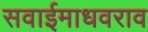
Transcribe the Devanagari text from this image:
सवाईमाधवराव